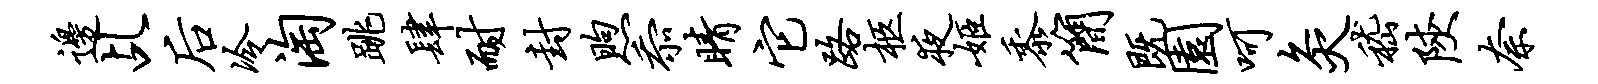
边乩後冷淘跳肆耐封煦忝睛它路柩夜姬黍简既园呵灸嵇陕奈